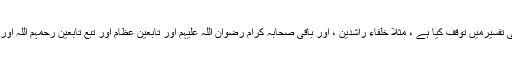
اکثر علماء کرام نے ایسی آیات جن میں حروف مقطعات ہیں کی تفسیرمیں توقف کیا ہے ، مثلا خلفاء راشدین ، اور باقی صحابہ کرام رضوان اللہ علیہم اور تابعین عظام اور تبع تابعین رحمہم اللہ اورنہ ہی نبی صلی اللہ علیہ وسلم سے یہ اس کی تفسیر ثابت ہے ۔